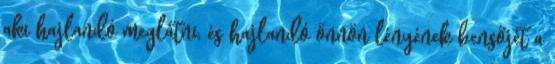
aki hajlandó meglátni, és hajlandó önnön lényének bensőjét a